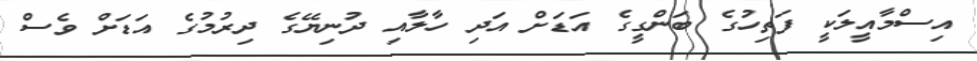
އިސްމާއީލަކީ ފަތިހުގެ ބަންގީގެ އަޑަށް އަދި ހާލާއި ދުނިޔޭގެ ދިރުމުގެ އަޑަށް ވެސް